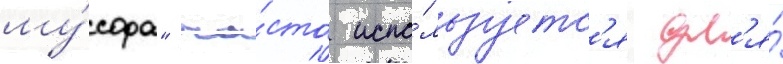
му́сора" ча́сто испо́льзуетс'я дл'я́